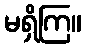
မရှိကြ။